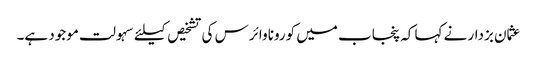
عثمان بزدار نے کہا کہ پنجاب میں کورونا وائرس کی تشخیص کیلئے سہولت موجود ہے۔